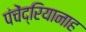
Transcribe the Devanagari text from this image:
पंचेंद्रियानाह